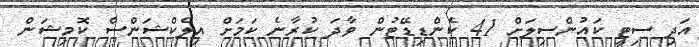
އަދި ސިޓީ ކައުންސިލަށް 41 ކެންޑިޑޭޓުން ވާދަ ކުރާނެ ކަމަށް އިލެކްޝަންސް ކޮމިޝަން